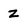
Character: z